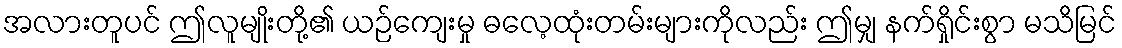
အလားတူပင် ဤလူမျိုးတို့၏ ယဉ်ကျေးမှု ဓလေ့ထုံးတမ်းများကိုလည်း ဤမျှ နက်ရှိုင်းစွာ မသိမြင်